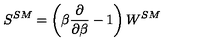
S ^ { S M } = \left( \beta { \frac { \partial } { \partial \beta } } - 1 \right) W ^ { S M }